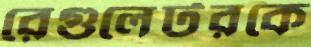
রেগুলেটরকে